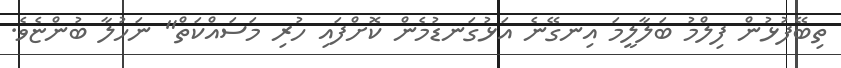
ތިބޭފުޅުން ފިލްމު ބަލާލީމަ އިނގޭނެ އަޅުގަނޑުމެން ކޮށްފައި ހުރި މަސައްކަތް" ނަހުލާ ބުންޏެވެ.